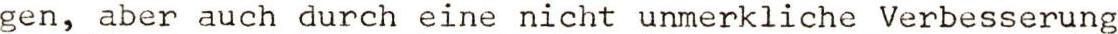
gen, aber auch durch eine nicht unmerkliche Verbesserung